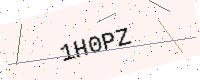
Text: 1H0PZ